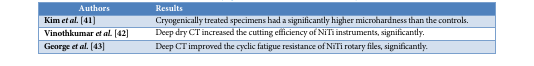
| Authors | Results |
 | --- | --- |
 | Kim et al.[41] | Cryogenically treated specimens had a significantly higher microhardness than the controls. |
 | Vinothkumar et al.[42] | Deep dry CT increased the cutting efficiency of NiTi instruments, significantly. |
 | George et al.[43] | Deep CT improved the cyclic fatigue resistance of NiTi rotary files, significantly. |